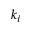
k _ { i }